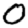
Digit: 0